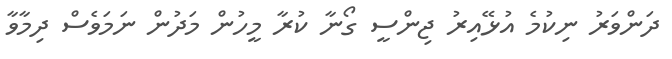
ދަންވަރު ނިކުމެ އުޅޭއިރު ޖިންސީ ގޯނާ ކުރާ މީހުން މަދުން ނަމަވެސް ދިމާވާ